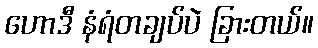
ဟောဒီ နံရံတချပ်ပဲ ခြားတယ်။